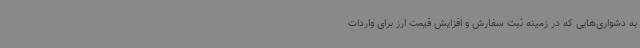
به دشواری‌هایی که در زمینه ثبت سفارش و افزایش قیمت ارز برای واردات